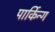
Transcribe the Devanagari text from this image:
पार्किन्ग